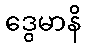
ဒွေမာနိ